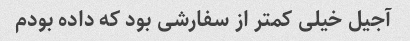
آجیل خیلى کمتر از سفارشى بود که داده بودم